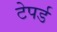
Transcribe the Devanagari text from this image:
टेपर्ड